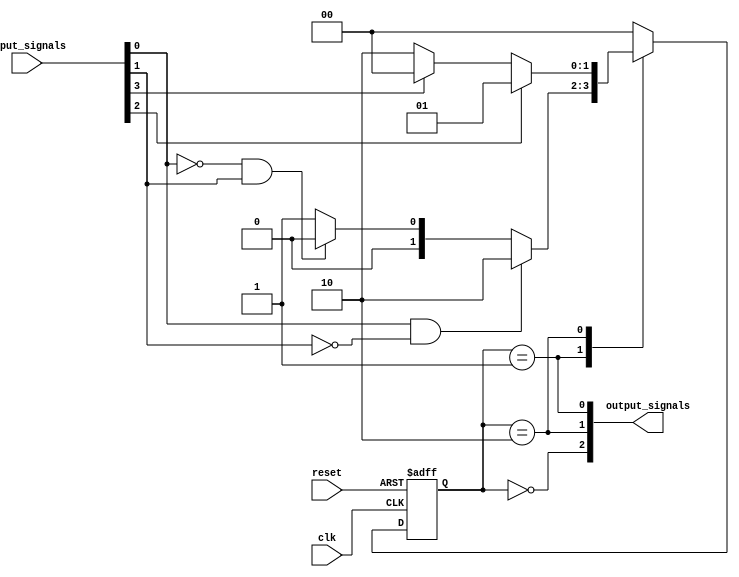
module state_machine (
    input clk,
    input reset,
    input [N-1:0] input_signals,
    output [M-1:0] output_signals
);

// Parameters
parameter N = 4; // Number of input signals
parameter M = 3; // Number of output signals

// States
parameter IDLE = 2'b00;
parameter STATE1 = 2'b01;
parameter STATE2 = 2'b10;

// Registers
reg [1:0] state_reg, next_state_reg;

// Combinational logic for priority encoding
always @* begin
    case (state_reg)
        STATE1: begin
            if (input_signals[0] && !input_signals[1]) begin
                next_state_reg = STATE2;
            end else if (!input_signals[0] && input_signals[1]) begin
                next_state_reg = IDLE;
            end else begin
                next_state_reg = STATE1;
            end
        end
        STATE2: begin
            if (input_signals[2]) begin
                next_state_reg = STATE1;
            end else if (input_signals[3]) begin
                next_state_reg = IDLE;
            end else begin
                next_state_reg = STATE2;
            end
        end
        default: begin
            next_state_reg = IDLE;
        end
    endcase
end

// Sequential logic for state transition
always @(posedge clk or posedge reset) begin
    if (reset) begin
        state_reg <= IDLE;
    end else begin
        state_reg <= next_state_reg;
    end
end

// Output logic
assign output_signals[0] = (state_reg == STATE1);
assign output_signals[1] = (state_reg == STATE2);
assign output_signals[2] = (state_reg == IDLE);

endmodule